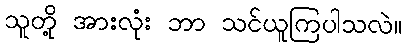
သူတို့ အားလုံး ဘာ သင်ယူကြပါသလဲ။